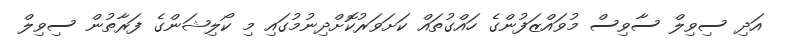
އަދި ސިވިލް ސާވިސް މުވައްޒަފުންގެ ހައްގުތައް ކަށަވަރުކޮށްދިނުމުގައި މި ކޯލިޝަންގެ ފަރާތުން ސިވިލް